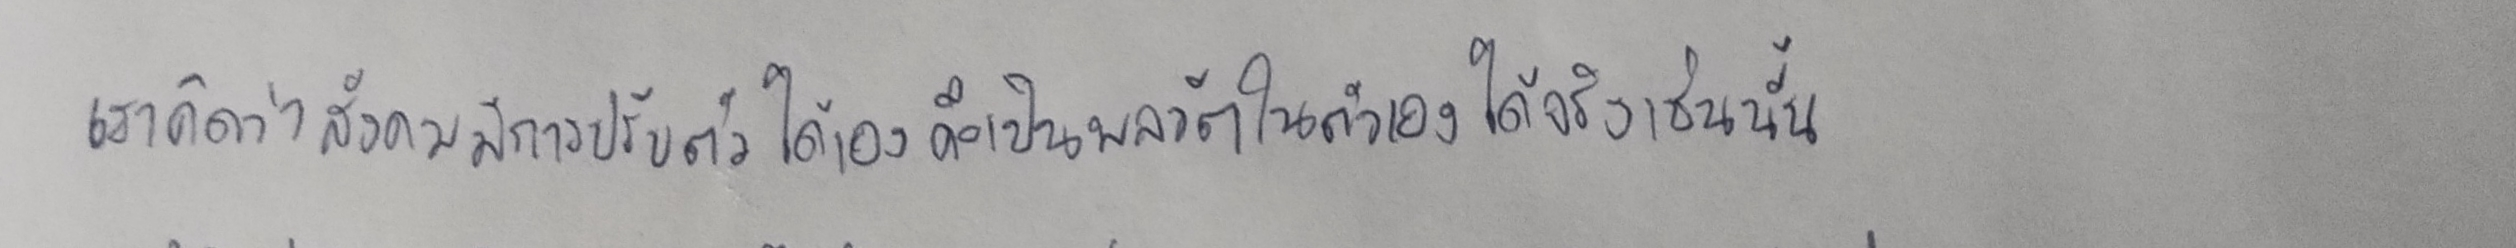
เราคิดว่าสังคมมีการปรับตัวได้เองคือเป็นพลวัตในตัวเองได้จริงเช่นนั้น